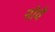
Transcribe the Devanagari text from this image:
नोवें